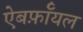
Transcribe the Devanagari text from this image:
ऐबर्फ़ाॅयल